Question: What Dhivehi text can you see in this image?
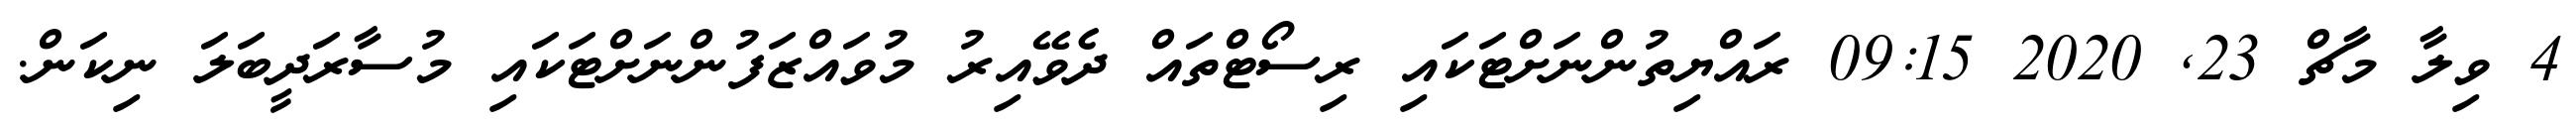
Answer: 4 ވިލާ މާޗް 23, 2020 09:15 ރައްޔިތުންނަށްޓަކައި ރިސޯޓްތައް ދެވޭއިރު މުވައްޒަފުންނަށްޓަކައި މުސާރަދީބަލަ ނިކަން.